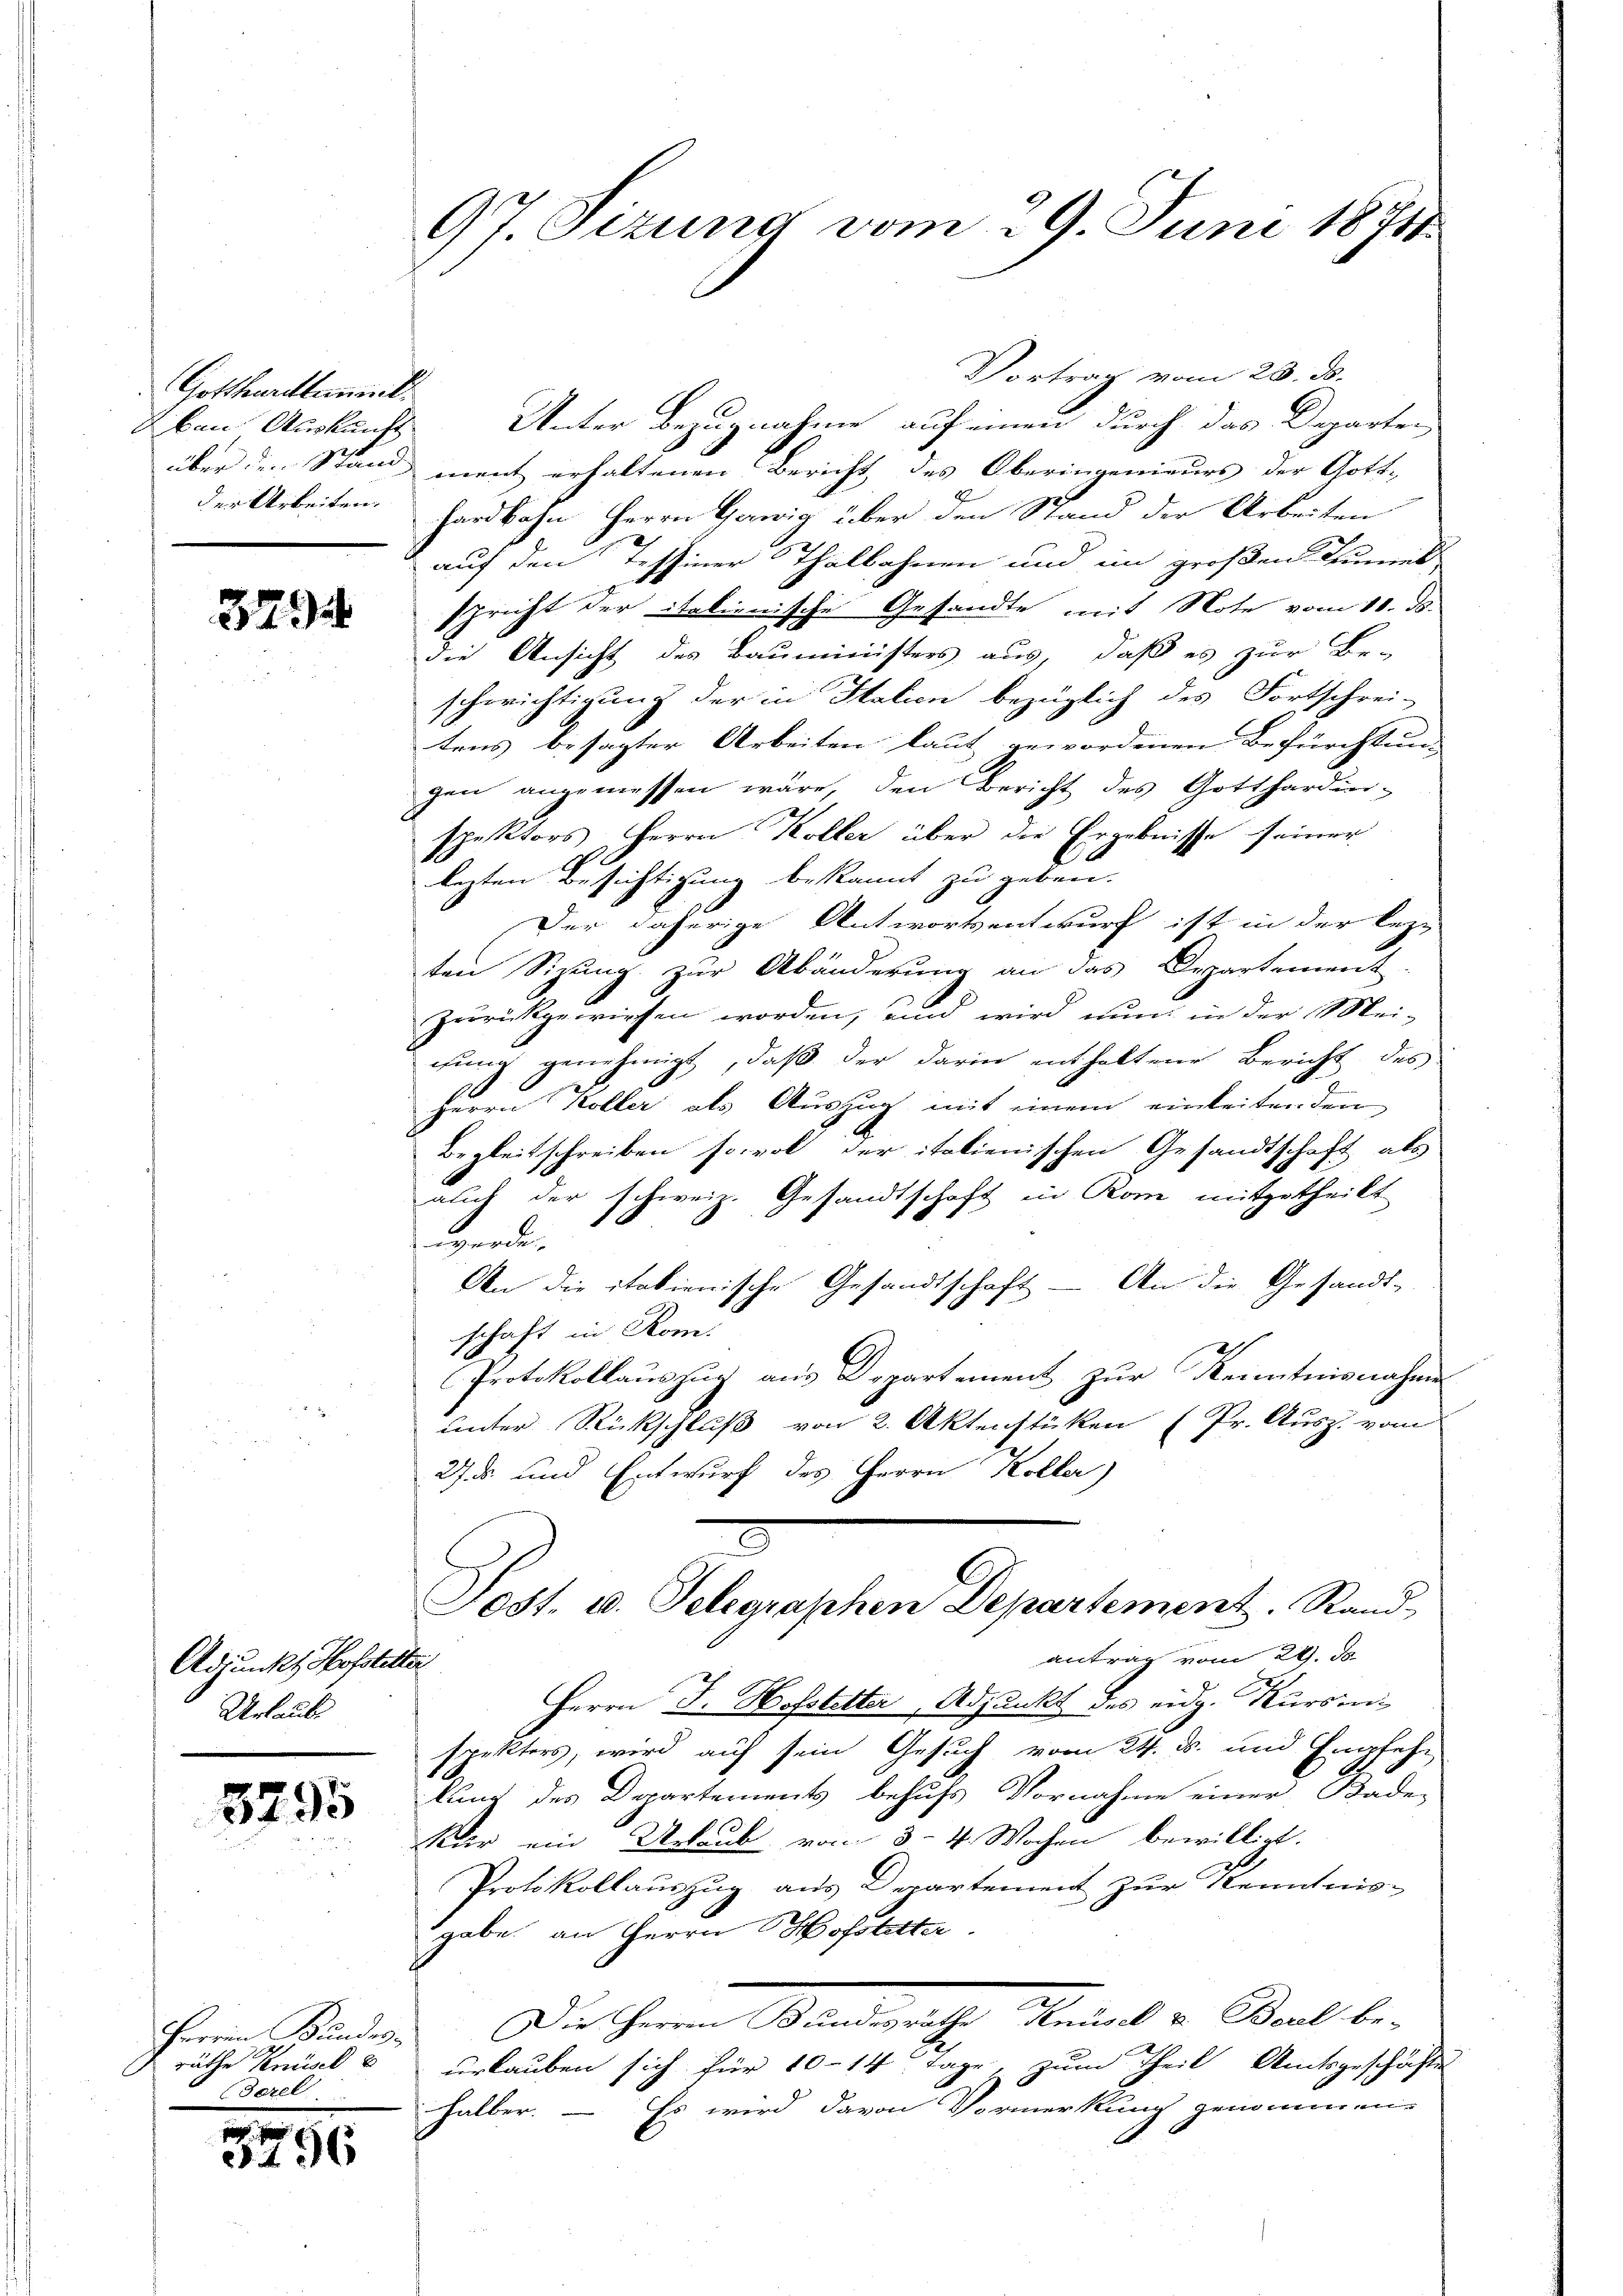
Gottharittement
ban Auskunft

3794

Adjunkt Hofstelter
Urlaub

3795

Herrn Bundes-
dezel

m
456

97. Sezung vom 29. Juni 1871

Vortrag vom 20. ds.
Unter Bezugnahme auf einen durch das Departen
über den Stand ment erhaltenen Bericht des Oberingenieurs der Gott-
der Arbeiten Hardbahn Herrn Gawig über den Stand der Arbeiten
auf den Tessiner Thalbahnen und im großen Turner
spricht der italienische Gesandte mit Note vom 10. ds.
die Ansicht des Bauministers aus, daß es zur Be-
schwichtigung der in Italien bezüglich des Fortschrei-
tens besagter Arbeiten laut gewordenen Befürchtung
gen angemessen wäre, den Bericht des Gotthardin-
spektors Herrn Koller über die Ergebnisse seiner
lezten Besichtigung bekannt zu geben.
Der daherige Antwortsentwurf ist in der lezten Sizung zur Abänderung an das Departement
zurückgewiesen worden, und wird nun in der Mei-
rung genehmigt, daß der darin enthaltene Bericht des
Herrn Koller als Auszug mit einem einleitenden
Begleitschreiben sowol der italienischen Gesandtschaft als
auch der schweiz. Gesandtschaft in Rom mitgetheilt
werden.
An die italienische Gesandtschaft — An die Gesandt-
schaft in Rom.
Protokollauszug aus Departement zur Kenntnisnahme
unter Rückschluß von 2. Aktenstücken (Pr. Ausz. vom
27. ds. und Entwurf des Herrn Koller)
Post. u. Telegraphen Departement. Stand,
antrag vom 29. ds.
Herrn J. Hofstetter, Adjunkt des eidg. Kursenspektors, wird auf sein Gesuch vom 24. d. und Empfehlung des Departements behufs Vornahme einer Bade-
Kur ein Urlaub von 3–4 Wochen bewilligt.
Protokollauszug aus Departement zur Kenntnis-
gabe an Herrn Hofstetter.
Der Herrn Standesrechte, Kennt u. Weil beräthe Knüsel u erlauben sich für 10–14 Tage, zum Theil Amtsgeschäftig
Es wird davon Vormerkung genommen.
halber.